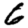
Digit: 6